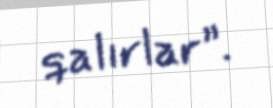
qalırlar”.